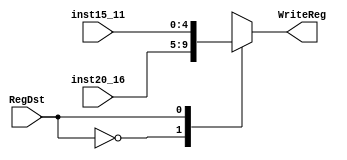

module Mux1(inst20_16, inst15_11, RegDst, WriteReg);

	input [20:16] inst20_16;
	input [15:11] inst15_11;
	input RegDst;
	
	output reg [4:0] WriteReg;

	always @ (RegDst, inst20_16, inst15_11) begin
		case(RegDst) 
			0 : WriteReg <= inst20_16;
			1 : WriteReg <= inst15_11;
		endcase
	end
endmodule

module Mux2 (ALUSrc, ReadData2, Extend32, ALU_B);

	input ALUSrc;
	input [31:0] ReadData2,Extend32;	
	
	output reg [31:0] ALU_B;
	
	always @(ALUSrc, ReadData2, Extend32) begin
		case (ALUSrc)
			0: ALU_B <= ReadData2 ;
			1: ALU_B <= Extend32;
		endcase
	end
endmodule


module Mux4 (PCout, Add_ALUOut, AndGateOut, PCin);

	input [31:0] PCout, Add_ALUOut;
	input AndGateOut;	
	
	output reg [31:0] PCin;
	
	initial begin
		PCin <= 0;
	end
	
	always @(*) begin
		case (AndGateOut)
			0: PCin <= PCout ;
			1: PCin <= Add_ALUOut;
		endcase
	end
endmodule

module Mux3 (ReadData, ALUOut, MemtoReg, WriteData_Reg);

	input [31:0] ReadData, ALUOut;
	input MemtoReg;	
	
	output wire [31:0] WriteData_Reg;
	assign WriteData_Reg = (MemtoReg==0) ? ALUOut : ReadData;
	
endmodule